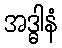
အဒ္ဓါနံ